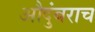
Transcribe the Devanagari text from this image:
औदुंबराच